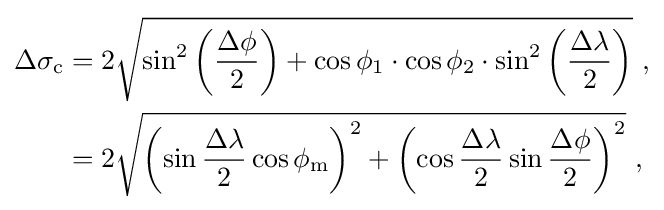
{\begin{aligned}\Delta \sigma _{\text{c}}&=2{\sqrt {\sin ^{2}\left({\frac {\Delta \phi }{2}}\right)+\cos {\phi _{1}}\cdot \cos {\phi _{2}}\cdot \sin ^{2}\left({\frac {\Delta \lambda }{2}}\right)}}\ ,\\&=2{\sqrt {\left(\sin {\frac {\Delta \lambda }{2}}\cos \phi _{\textrm {m}}\right)^{2}+\left(\cos {\frac {\Delta \lambda }{2}}\sin {\frac {\Delta \phi }{2}}\right)^{2}}}\ ,\end{aligned}}